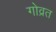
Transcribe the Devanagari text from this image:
गोव्रत